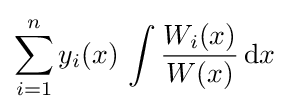
\sum _{i=1}^{n}y_{i}(x)\,\int {\frac {W_{i}(x)}{W(x)}}\,\mathrm {d} x